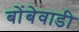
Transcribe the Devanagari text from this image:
बोंबेवाडी